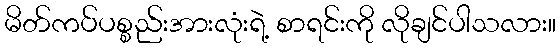
မိတ်ကပ်ပစ္စည်းအားလုံးရဲ့ စာရင်းကို လိုချင်ပါသလား။